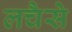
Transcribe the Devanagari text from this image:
लचैसे